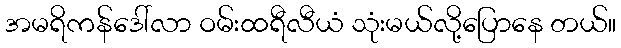
အမရိကန်ဒေါ်လာ ဝမ်းထရီလီယံ သုံးမယ်လို့ပြောနေ တယ်။